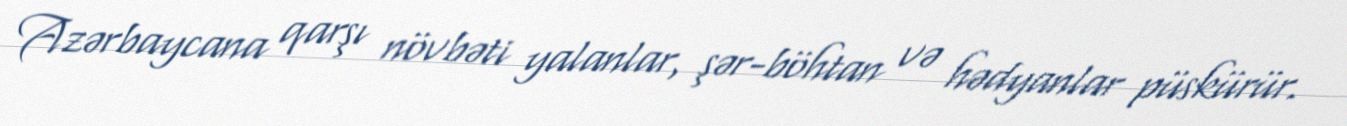
Azərbaycana qarşı növbəti yalanlar, şər-böhtan və hədyanlar püskürür.